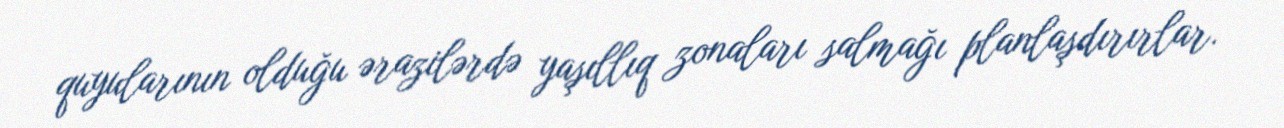
quyularının olduğu ərazilərdə yaşıllıq zonaları salmağı planlaşdırırlar.